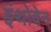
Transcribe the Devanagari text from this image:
इंथोवेन